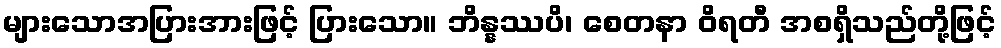
များသောအပြားအားဖြင့် ပြားသော။ ဘိန္နဿပိ၊ စေတနာ ဝိရတီ အစရှိသည်တို့ဖြင့်